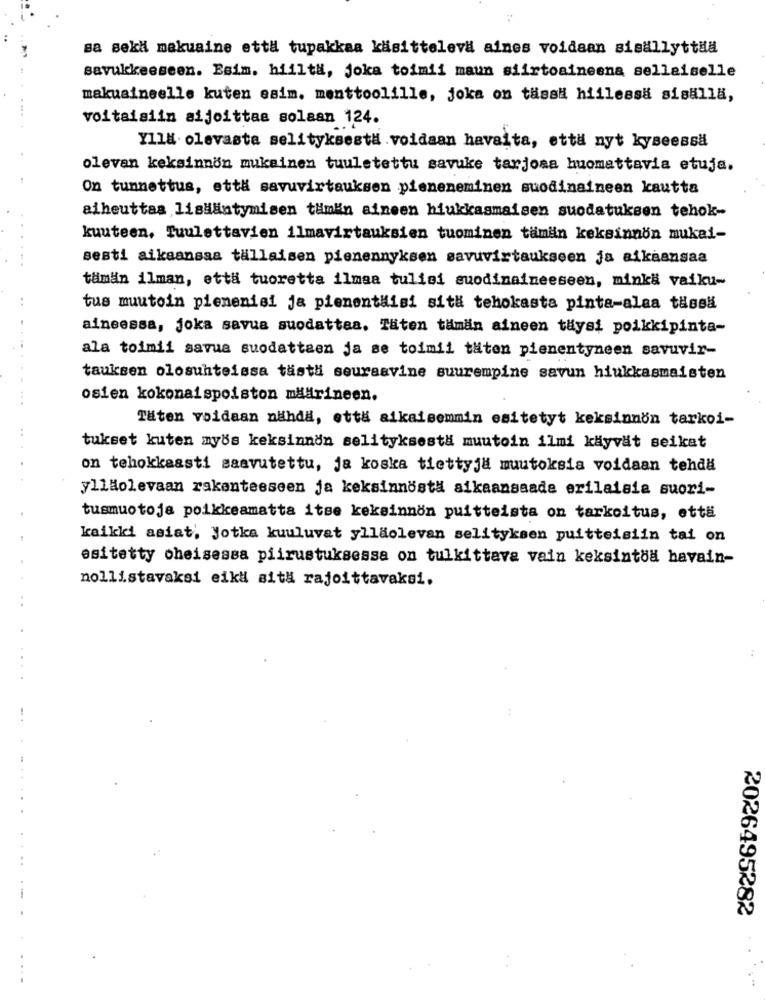
sa sekä makuaine etta tupakkaa käsitteleva aines voidaan sisällyttää
savukkeeseen. Esim. hiiltä, Joka toimii maun siirtoaineena sellaiselle
makuaineelle kuten esim. menttoolille, joka on tässä hillessa sisalla,
voltaisiin aijoittae solaan 124.
Yll8 olevasta selityksestä voldaan havalta, että nyt kyseessä
olevan keksinnön mukainen tuuletettu savuke tarjosa huomattavia etuja.
On tunnettus, että savuvirtauksen pieneneminen suodinaineen kautta
aiheuttaa lisääntymisen tämän aineen hiukkasmaisen suodatuksen tehok-
kuuteen, Tuulettavien ilmavirtauksien tuominen tämän keksinnön mukai-
sesti aikaansaa tallaisen pienennyksen savuvirtaukseen ja aikaansaa
tämän ilman, etta tuoretta ilmaa tulisi suodinaineeseen, minkä vaiku-
tus muutoin pienenisi ja pienentaisi siti tehokasta pinta-alaa tässä
aineessa, joka savua suodattaa. Täten tämän aineen täysi poikkipinta-
ala toimii savua suodattaen ja se toimii täten pienentyneen savuvir-
tauksen olosuhteissa tästä seuraavine suurempine savun hiukkasmaisten
osien kokonaispoiston määrineen.
Täten voldaan nähda, että aikaisemmin esitetyt keksinnon tarkoi-
tukset kuten myös keksinnon selityksestä muutoin ilmi käyvät seikat
on tehokkaasti saavutettu, ja koska tiettyja muutoksia voidaan tehdä
yllHolevaan rakenteeseen ja keksinnöstä aikaansaade erilaisia suori-
tusmuotoja poikkeamatta itse keksinnon puitteista on tarkoitus, että
kaikki asiat, Jotka kuuluvat ylläolevan selityksen puitteisiin tai on
esitetty oheisessa piirustuksessa on tulkittava vain keksintoa havain-
nollistavaksi eikl sit& rajoittavaksi.
2026495282